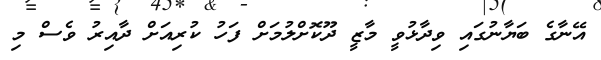
އޭނާގެ ބަޔާނުގައި ވިދާޅުވީ މާޒީ ދޫކޮށްލުމަށް ފަހު ކުރިއަށް ދާއިރު ވެސް މި